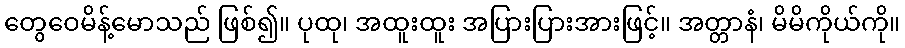
တွေဝေမိန့်မောသည် ဖြစ်၍။ ပုထု၊ အထူးထူး အပြားပြားအားဖြင့်။ အတ္တာနံ၊ မိမိကိုယ်ကို။